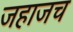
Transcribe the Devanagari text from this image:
जहाजच